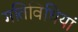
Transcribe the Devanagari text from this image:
गतिविधियां